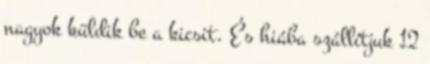
nagyok küldik be a kicsit. És hiába szállítjuk 12